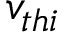
v _ { t h i }